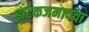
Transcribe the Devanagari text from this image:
झटकजमावचा